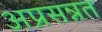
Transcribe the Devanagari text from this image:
अप्रसन्नत